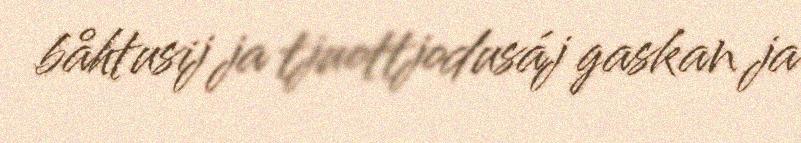
båhtusij ja tjuottjodusáj gaskan ja